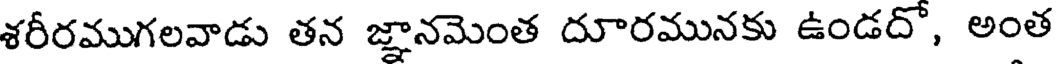
శరీరముగలవాడు తన జ్ఞానమెంత దూరమునకు ఉండదో, అంత